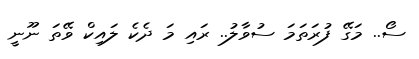
ސޯ.. މަގޭ ފުރަތަމަ ސުވާލު.. ރައި މަ ދެކެ ލައިކް ވޭތަ ނޫނީ